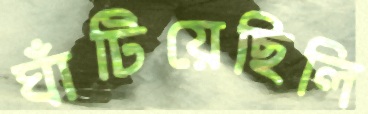
ঘাঁটিয়েছিলি